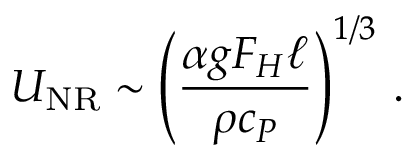
U _ { \mathrm { N R } } \sim \left( \frac { \alpha g F _ { H } \ell } { \rho c _ { P } } \right) ^ { 1 / 3 } \, .